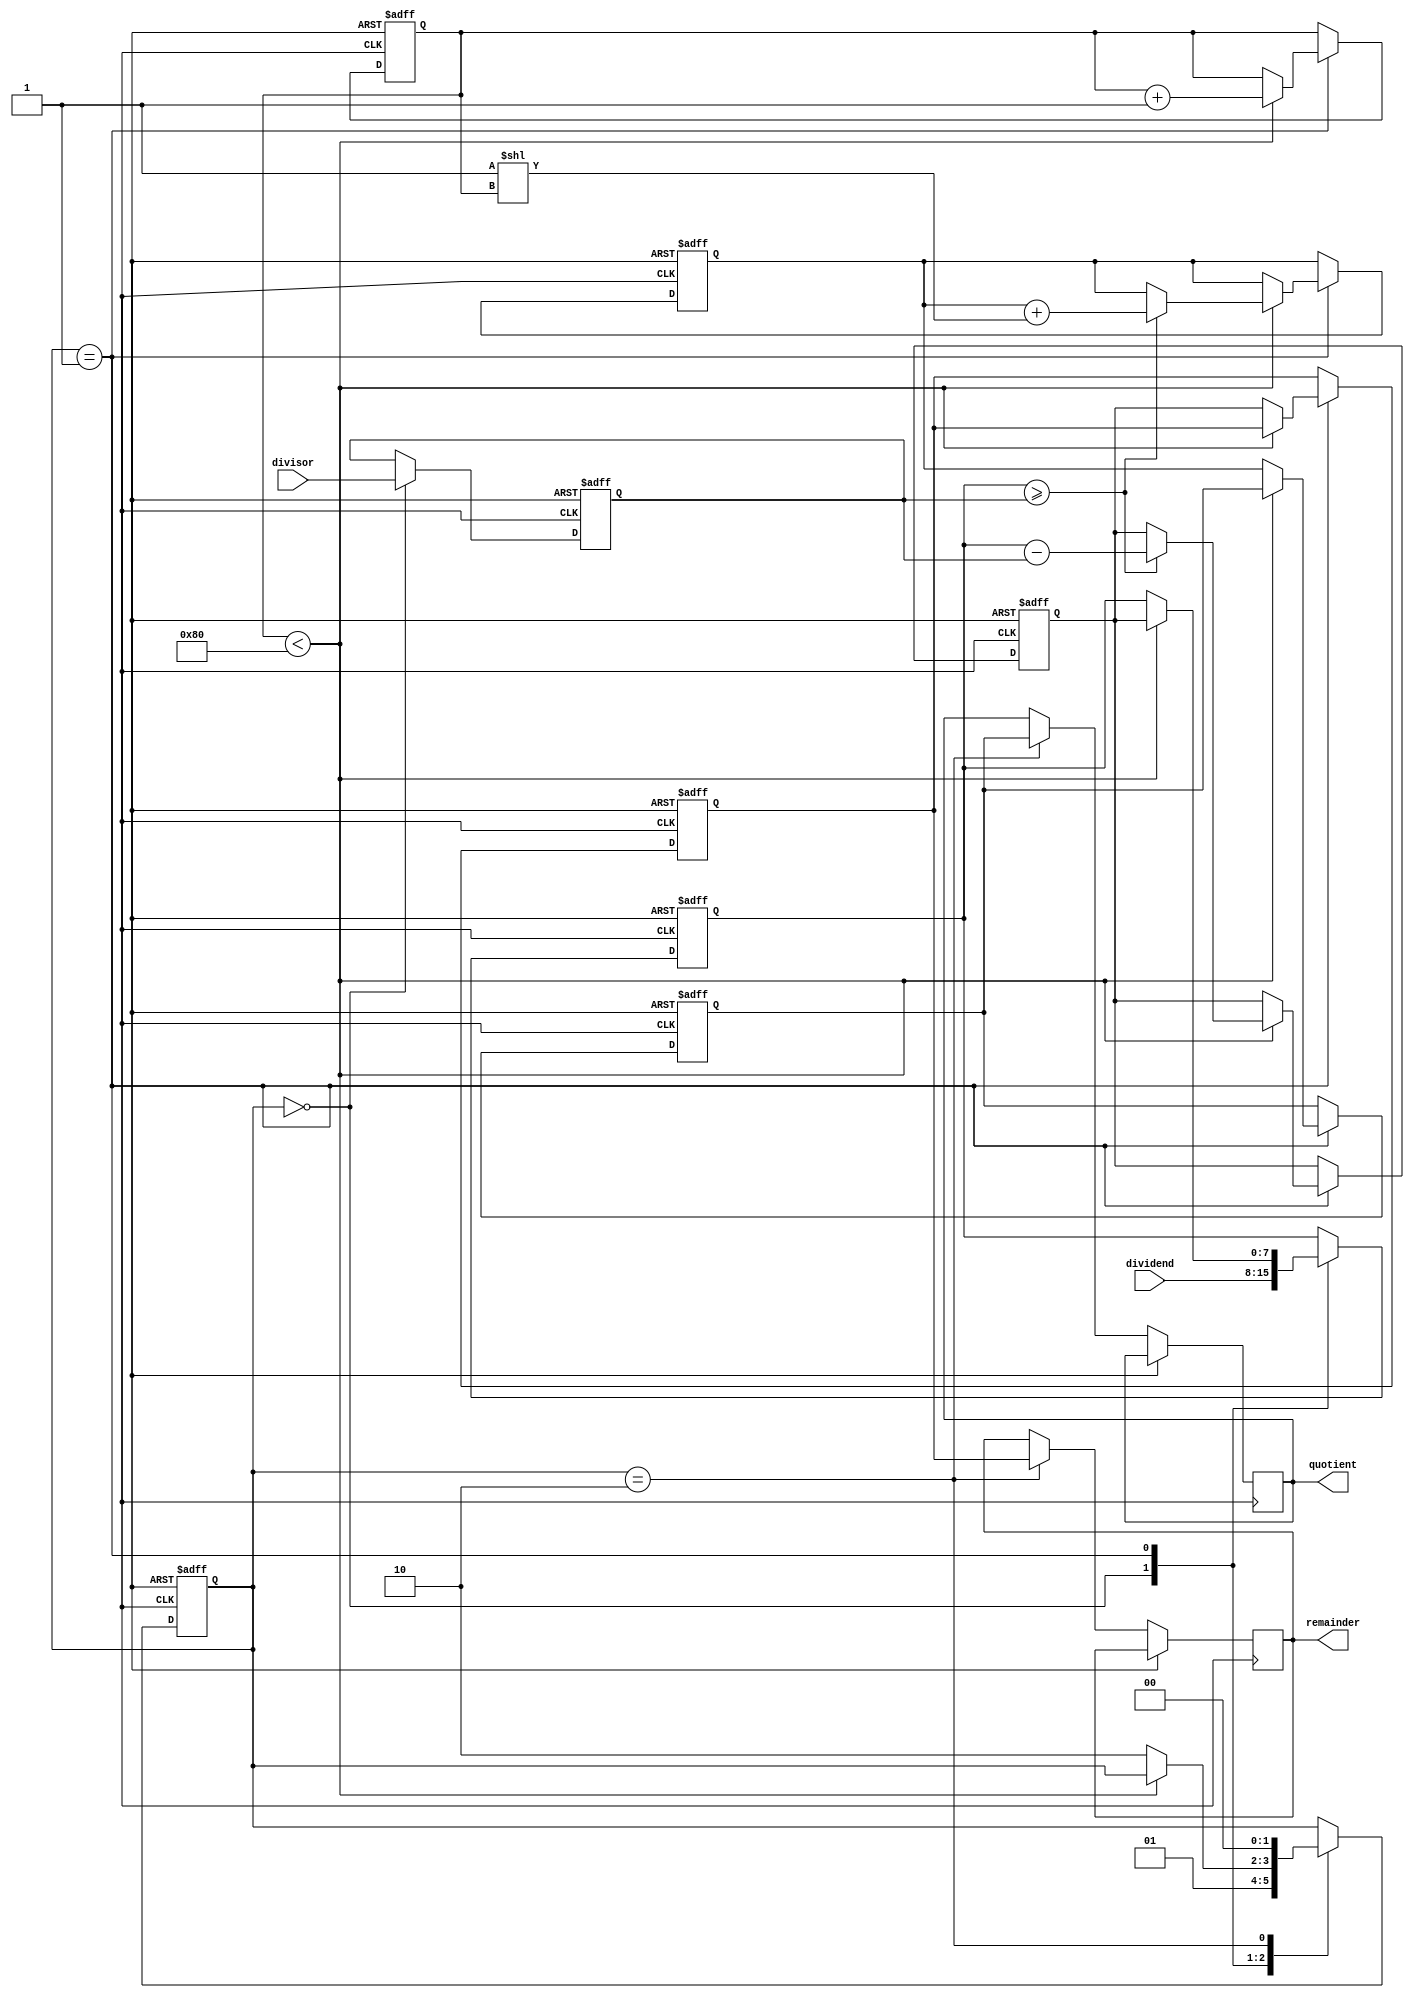
module restoring_divider (
    input wire [7:0] dividend,
    input wire [7:0] divisor,
    output reg [7:0] quotient,
    output reg [7:0] remainder
);

reg [7:0] dividend_reg;
reg [7:0] divisor_reg;
reg [7:0] quotient_reg;
reg [7:0] remainder_reg;
reg [7:0] quotient_temp;
reg [7:0] remainder_temp;
reg [7:0] shift_amount;
reg [7:0] count;
reg [1:0] state;

always @ (posedge clock or posedge reset) begin
    if (reset) begin
        state <= 2'b00;
        count <= 8'b00000000;
        divisor_reg <= 8'b00000000;
        dividend_reg <= 8'b00000000;
        quotient_reg <= 8'b00000000;
        quotient_temp <= 8'b00000000;
        remainder_reg <= 8'b00000000;
        remainder_temp <= 8'b00000000;
    end else begin
        case(state)
            2'b00: begin // fetch operands
                dividend_reg <= dividend;
                divisor_reg <= divisor;
                state <= 2'b01;
            end
            2'b01: begin // division loop
                if (count < 8'b10000000) begin
                    if (dividend_reg >= divisor_reg) begin
                        quotient_temp <= quotient_temp + (1 << count);
                        remainder_temp <= dividend_reg - divisor_reg;
                    end
                    count <= count + 1;
                    dividend_reg <= remainder_temp;
                end else begin
                    quotient_reg <= quotient_temp;
                    remainder_reg <= remainder_temp;
                    state <= 2'b10;
                end
            end
            2'b10: begin // output results
                quotient <= quotient_reg;
                remainder <= remainder_reg;
                state <= 2'b00;
            end
        endcase
    end
end

endmodule